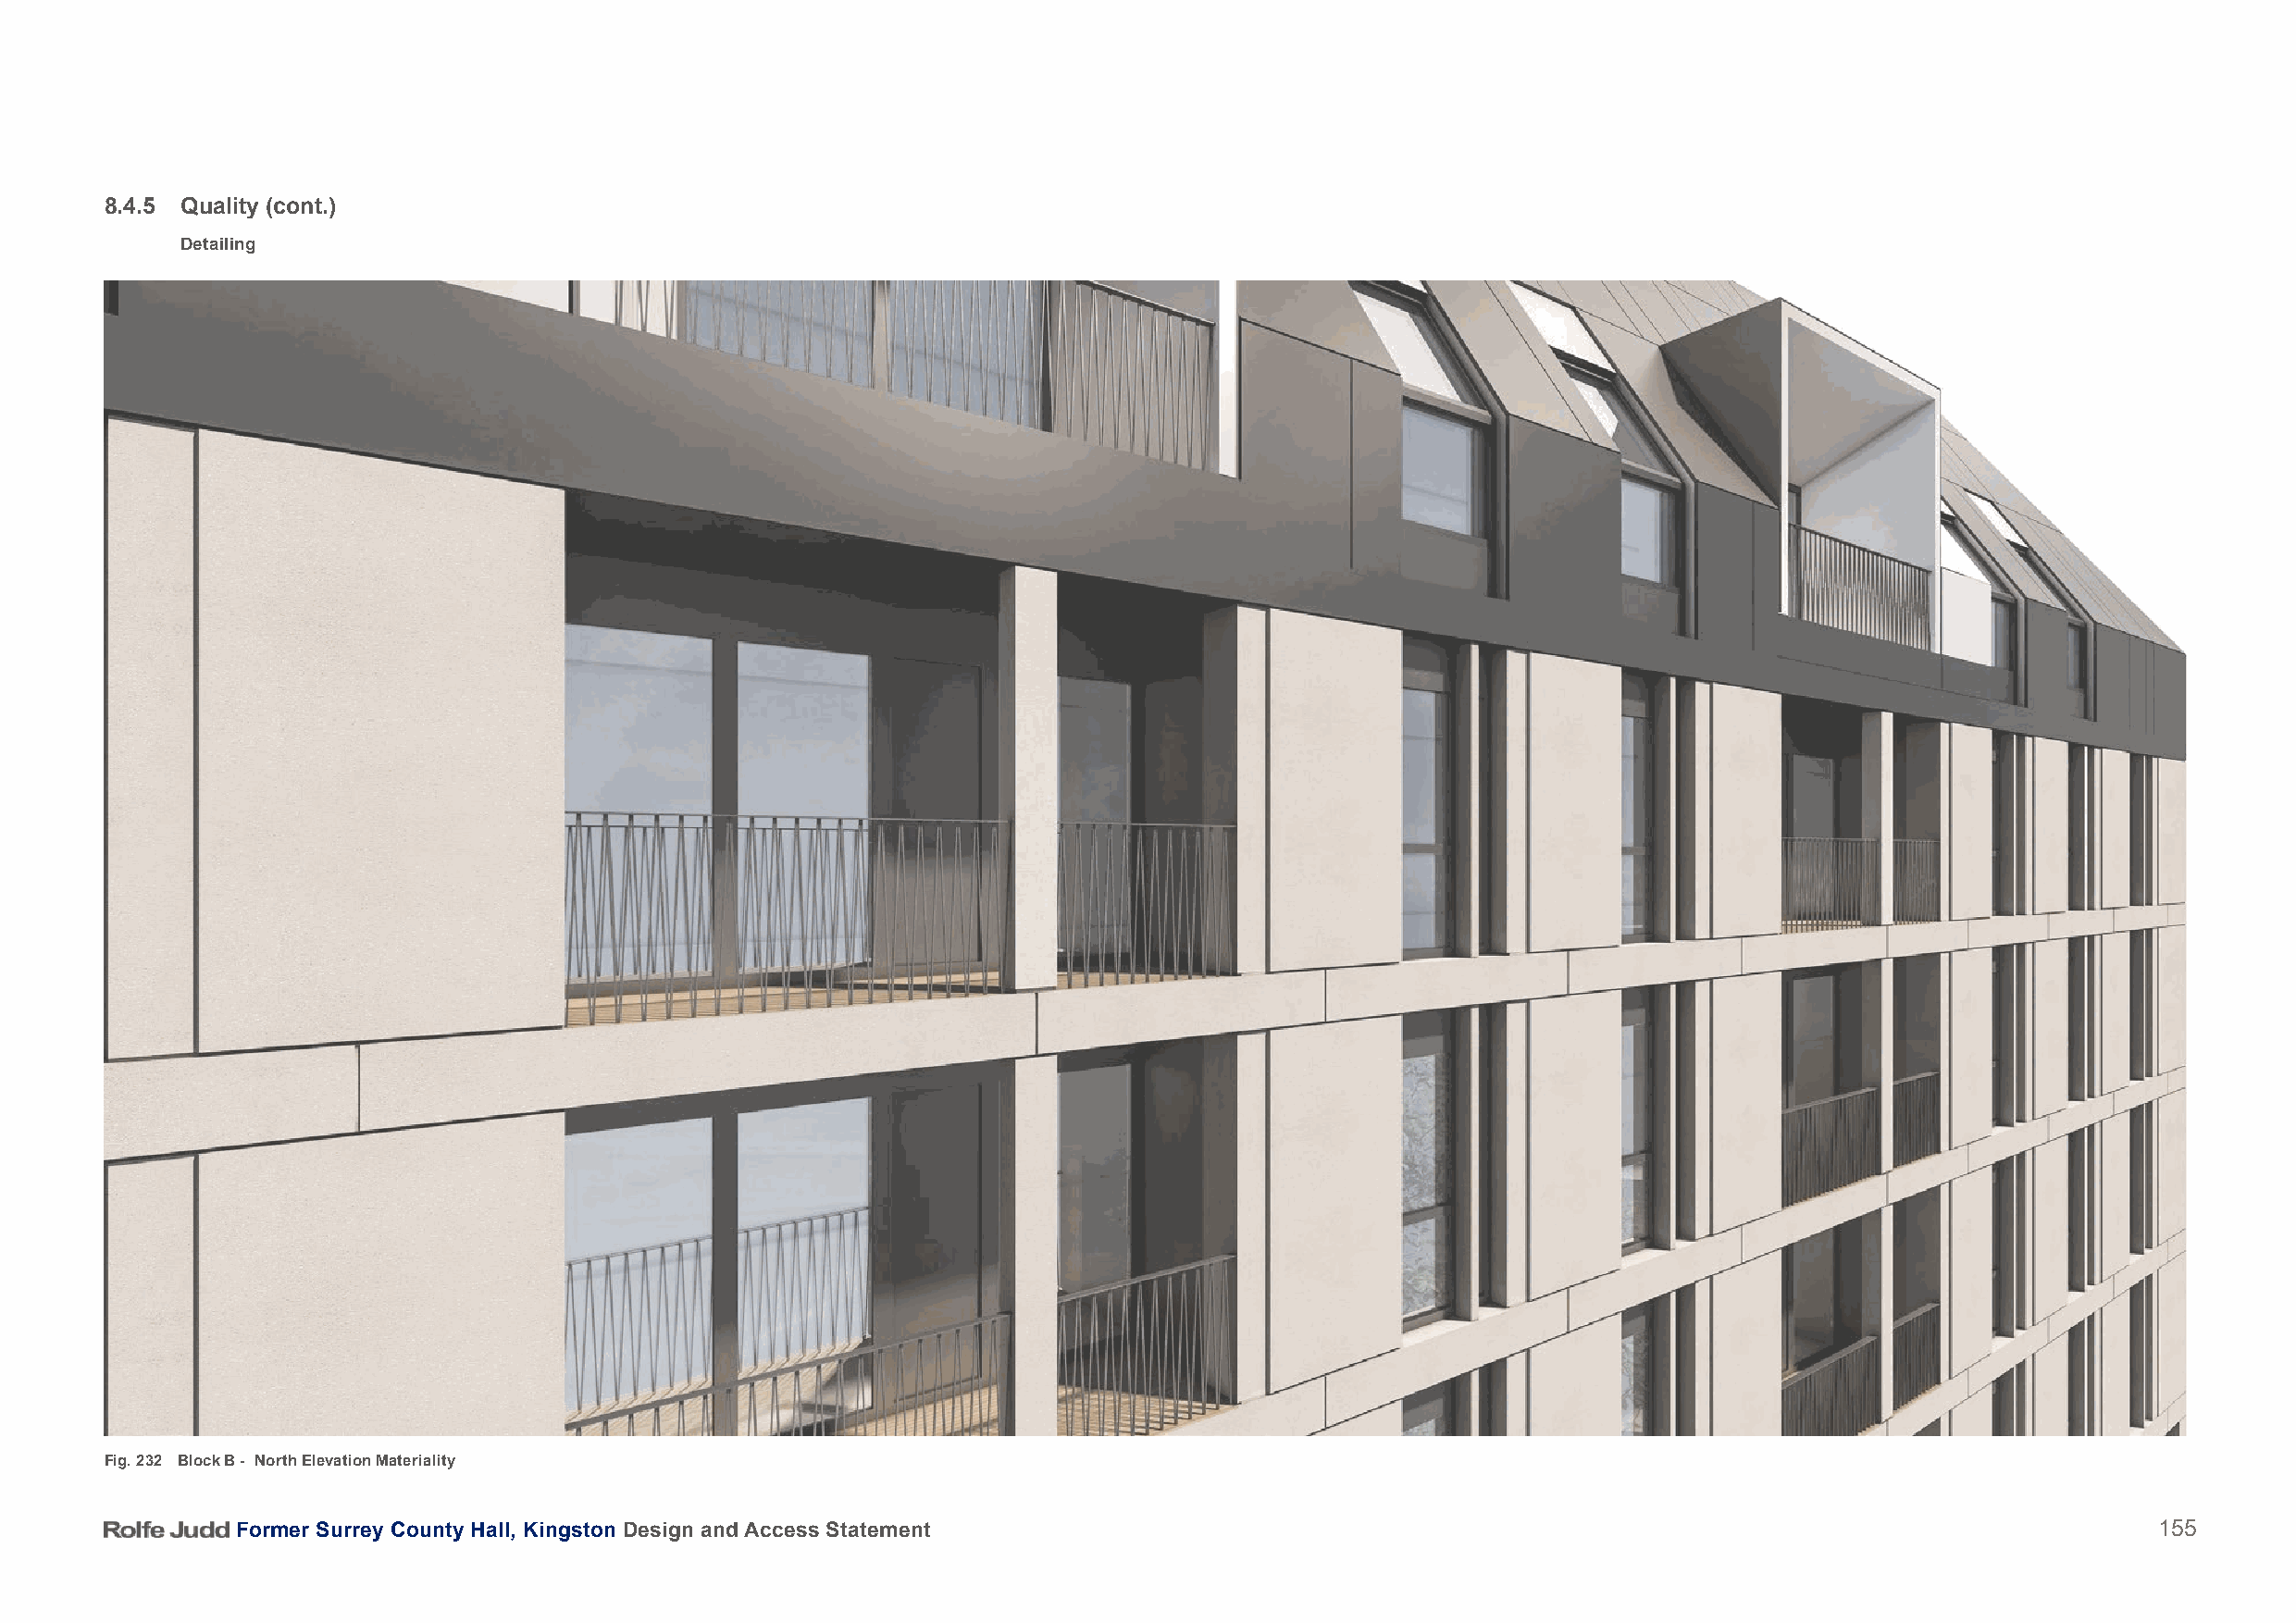
8.4.5 Quality (cont.)
 Detailing
 Fig. 232 Block B - North Elevation Materiality
 Former Surrey County Hall, Kingston Design and Access Statement                                                                          155